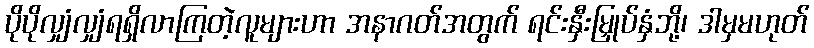
ပိုပိုလျှံလျှံရရှိလာကြတဲ့လူများဟာ အနာဂတ်အတွက် ရင်းနှီးမြှုပ်နှံဘို့၊ ဒါမှမဟုတ်